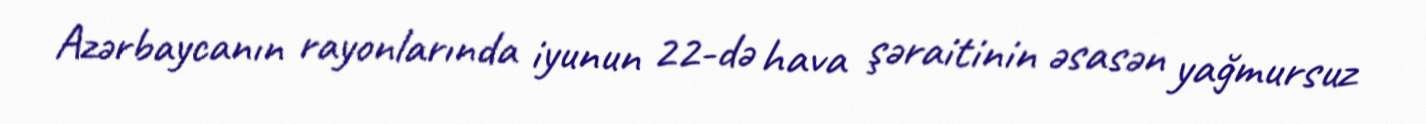
Azərbaycanın rayonlarında iyunun 22-də hava şəraitinin əsasən yağmursuz